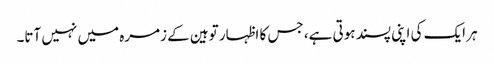
ہر ایک کی اپنی پسند ہوتی ہے، جس کا اظہار توہین کے زمرہ میں نہیں آتا۔